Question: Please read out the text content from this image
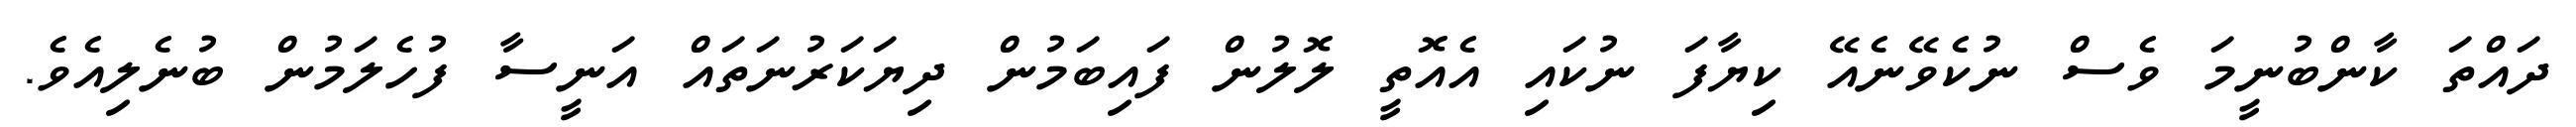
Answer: ދައްތަ ކާންބުނީމަ ވެސް ނުކެވޭނެއޭ ކިޔާފަ ނުކައި އެއޮތީ ލޮލުން ފައިބަމުން ދިޔަކަރުނަތައް އަނީސާ ފުހެލަމުން ބުނެލިއެވެ.